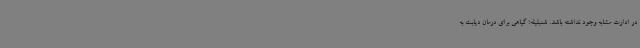
در ادارت مشابه وجود نداشته باشد. شنبلیله؛ گیاهی برای درمان دیابت به